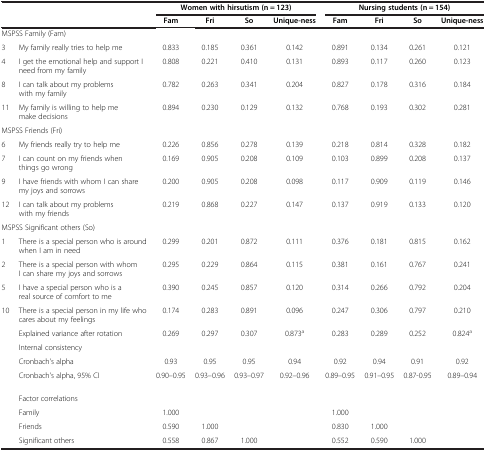
<table><thead><tr><td><b> </b></td><td><b> </b></td><td colspan="4"><b>Women with hirsutism (n = 123)</b></td><td colspan="4"><b>Nursing students (n = 154)</b></td></tr><tr><td><b> </b></td><td><b> </b></td><td><b>Fam</b></td><td><b>Fri</b></td><td><b>So</b></td><td><b>Unique-ness</b></td><td><b>Fam</b></td><td><b>Fri</b></td><td><b>So</b></td><td><b>Unique-ness</b></td></tr></thead><tbody><tr><td colspan="2">MSPSS Family (Fam)</td><td> </td><td> </td><td> </td><td> </td><td> </td><td> </td><td> </td><td> </td></tr><tr><td>3</td><td>My family really tries to help me</td><td>0.833</td><td>0.185</td><td>0.361</td><td>0.142</td><td>0.891</td><td>0.134</td><td>0.261</td><td>0.121</td></tr><tr><td>4</td><td>I get the emotional help and support I need from my family</td><td>0.808</td><td>0.221</td><td>0.410</td><td>0.131</td><td>0.893</td><td>0.117</td><td>0.260</td><td>0.123</td></tr><tr><td>8</td><td>I can talk about my problems with my family</td><td>0.782</td><td>0.263</td><td>0.341</td><td>0.204</td><td>0.827</td><td>0.178</td><td>0.316</td><td>0.184</td></tr><tr><td>11</td><td>My family is willing to help me make decisions</td><td>0.894</td><td>0.230</td><td>0.129</td><td>0.132</td><td>0.768</td><td>0.193</td><td>0.302</td><td>0.281</td></tr><tr><td colspan="2">MSPSS Friends (Fri)</td><td> </td><td> </td><td> </td><td> </td><td> </td><td> </td><td> </td><td> </td></tr><tr><td>6</td><td>My friends really try to help me</td><td>0.226</td><td>0.856</td><td>0.278</td><td>0.139</td><td>0.218</td><td>0.814</td><td>0.328</td><td>0.182</td></tr><tr><td>7</td><td>I can count on my friends when things go wrong</td><td>0.169</td><td>0.905</td><td>0.208</td><td>0.109</td><td>0.103</td><td>0.899</td><td>0.208</td><td>0.137</td></tr><tr><td>9</td><td>I have friends with whom I can share my joys and sorrows</td><td>0.200</td><td>0.905</td><td>0.208</td><td>0.098</td><td>0.117</td><td>0.909</td><td>0.119</td><td>0.146</td></tr><tr><td>12</td><td>I can talk about my problems with my friends</td><td>0.219</td><td>0.868</td><td>0.227</td><td>0.147</td><td>0.137</td><td>0.919</td><td>0.133</td><td>0.120</td></tr><tr><td colspan="2">MSPSS Significant others (So)</td><td> </td><td> </td><td> </td><td> </td><td> </td><td> </td><td> </td><td> </td></tr><tr><td>1</td><td>There is a special person who is around when I am in need</td><td>0.299</td><td>0.201</td><td>0.872</td><td>0.111</td><td>0.376</td><td>0.181</td><td>0.815</td><td>0.162</td></tr><tr><td>2</td><td>There is a special person with whom I can share my joys and sorrows</td><td>0.295</td><td>0.229</td><td>0.864</td><td>0.115</td><td>0.381</td><td>0.161</td><td>0.767</td><td>0.241</td></tr><tr><td>5</td><td>I have a special person who is a real source of comfort to me</td><td>0.390</td><td>0.245</td><td>0.857</td><td>0.120</td><td>0.314</td><td>0.266</td><td>0.792</td><td>0.204</td></tr><tr><td>10</td><td>There is a special person in my life who cares about my feelings</td><td>0.174</td><td>0.283</td><td>0.891</td><td>0.096</td><td>0.247</td><td>0.306</td><td>0.797</td><td>0.210</td></tr><tr><td> </td><td>Explained variance after rotation</td><td>0.269</td><td>0.297</td><td>0.307</td><td>0.873<sup>a</sup></td><td>0.283</td><td>0.289</td><td>0.252</td><td>0.824<sup>a</sup></td></tr><tr><td> </td><td>Internal consistency</td><td> </td><td> </td><td> </td><td> </td><td> </td><td> </td><td> </td><td> </td></tr><tr><td> </td><td>Cronbach’s alpha</td><td>0.93</td><td>0.95</td><td>0.95</td><td>0.94</td><td>0.92</td><td>0.94</td><td>0.91</td><td>0.92</td></tr><tr><td> </td><td>Cronbach’s alpha, 95% CI</td><td>0.90–0.95</td><td>0.93–0.96</td><td>0.93–0.97</td><td>0.92–0.96</td><td>0.89–0.95</td><td>0.91–0.95</td><td>0.87-0.95</td><td>0.89–0.94</td></tr><tr><td> </td><td>Factor correlations</td><td> </td><td> </td><td> </td><td> </td><td> </td><td> </td><td> </td><td> </td></tr><tr><td> </td><td>Family</td><td>1.000</td><td> </td><td> </td><td> </td><td>1.000</td><td> </td><td> </td><td> </td></tr><tr><td> </td><td>Friends</td><td>0.590</td><td>1.000</td><td> </td><td> </td><td>0.830</td><td>1.000</td><td> </td><td> </td></tr><tr><td> </td><td>Significant others</td><td>0.558</td><td>0.867</td><td>1.000</td><td> </td><td>0.552</td><td>0.590</td><td>1.000</td><td> </td></tr></tbody></table>